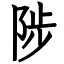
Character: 陟